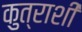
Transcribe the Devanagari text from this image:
कुत्राशी